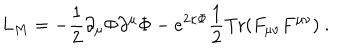
LaTeX: L _ { M } = - \frac { 1 } { 2 } \partial _ { \mu } \Phi \partial ^ { \mu } \Phi - e ^ { 2 \kappa \Phi } \frac { 1 } { 2 } \mathrm { T r } ( F _ { \mu \nu } F ^ { \mu \nu } ) \ .